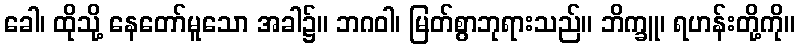
ခေါ၊ ထိုသို့ နေတော်မူသော အခါ၌။ ဘဂဝါ၊ မြတ်စွာဘုရားသည်။ ဘိက္ခူ၊ ရဟန်းတို့ကို။